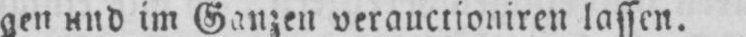
im Ganzen verauctioniren lassen.